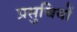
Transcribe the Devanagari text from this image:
प्रसुचियों